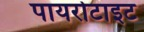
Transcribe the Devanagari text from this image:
पायरोटाइट